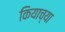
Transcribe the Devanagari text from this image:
कियाच्या